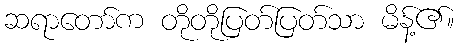
ဆရာတော်က တိုတိုပြတ်ပြတ်သာ မိန့်၏။